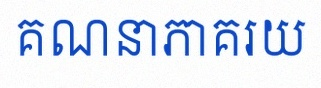
គណនាភាគរយ